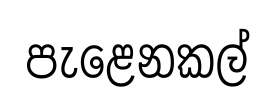
පැළෙනකල්